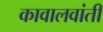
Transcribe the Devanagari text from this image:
कावालवांती